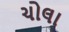
ચોલા